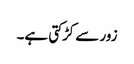
زور سے کڑکتی ہے۔